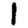
Digit: 1